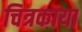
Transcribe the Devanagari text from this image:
चित्रकाया